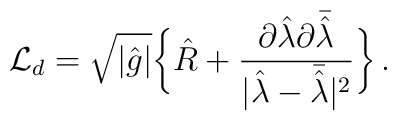
{\cal L}_d = \sqrt{|\hat g|} \bigg\{ {\hat R} + {{\partial {\hat \lambda} \partial \bar {\hat \lambda}}	\over |{\hat \lambda} - \bar {\hat \lambda}|^2 } \bigg\} \, .